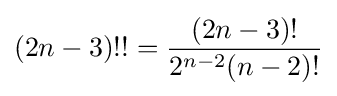
(2n-3)!!={\frac {(2n-3)!}{2^{n-2}(n-2)!}}